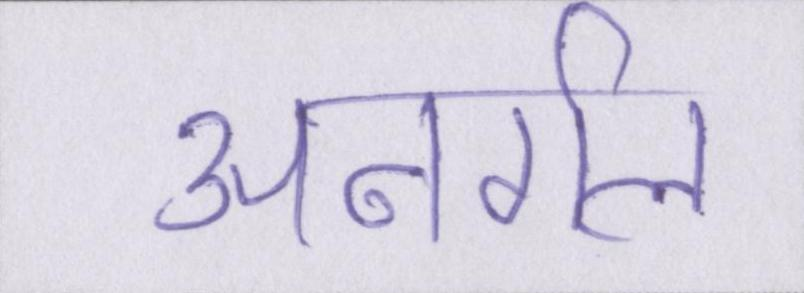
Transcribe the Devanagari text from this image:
अनर्गल